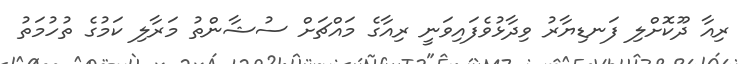
ރިއާ ދޫކޮށްލި ފަނޑިޔާރު ވިދާޅުވެފައިވަނީ ރިއާގެ މައްޗަށް ސުޝާންތު މަރާލި ކަމުގެ ތުހުމަތު